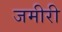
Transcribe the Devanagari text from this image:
जमीरी